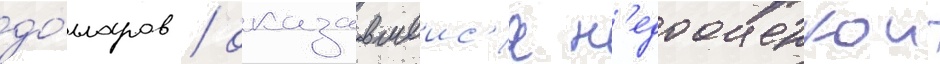
до́лларов / оказавшеис'я н'едооценкои